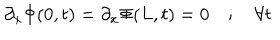
\partial _ { x } \Phi ( 0 , t ) = \partial _ { x } \Phi ( L , t ) = 0 \quad ; \quad \forall t